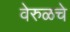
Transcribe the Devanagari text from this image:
वेरुळचे